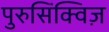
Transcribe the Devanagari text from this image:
पुरुसिंक्विज़